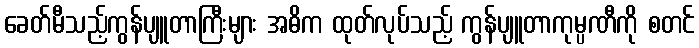
ခေတ်မီသည့်ကွန်ပျူတာကြီးများ အဓိက ထုတ်လုပ်သည့် ကွန်ပျူတာကုမ္ပဏီကို စတင်